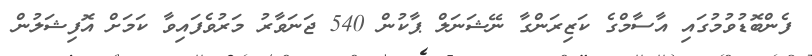
ފެންބޮޑުވުމުގައި އާސާމްގެ ކަޒިރަންގާ ނޭޝަނަލް ޕާކުން 540 ޖަނަވާރު މަރުވެފައިވާ ކަމަށް އޮފިޝަލުން